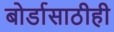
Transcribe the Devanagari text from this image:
बोर्डासाठीही